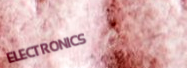
ELECTRONICS